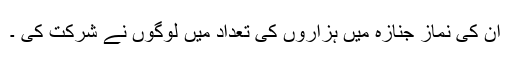
ان کی نماز جنازہ میں ہزاروں کی تعداد میں لوگوں نے شرکت کی ۔